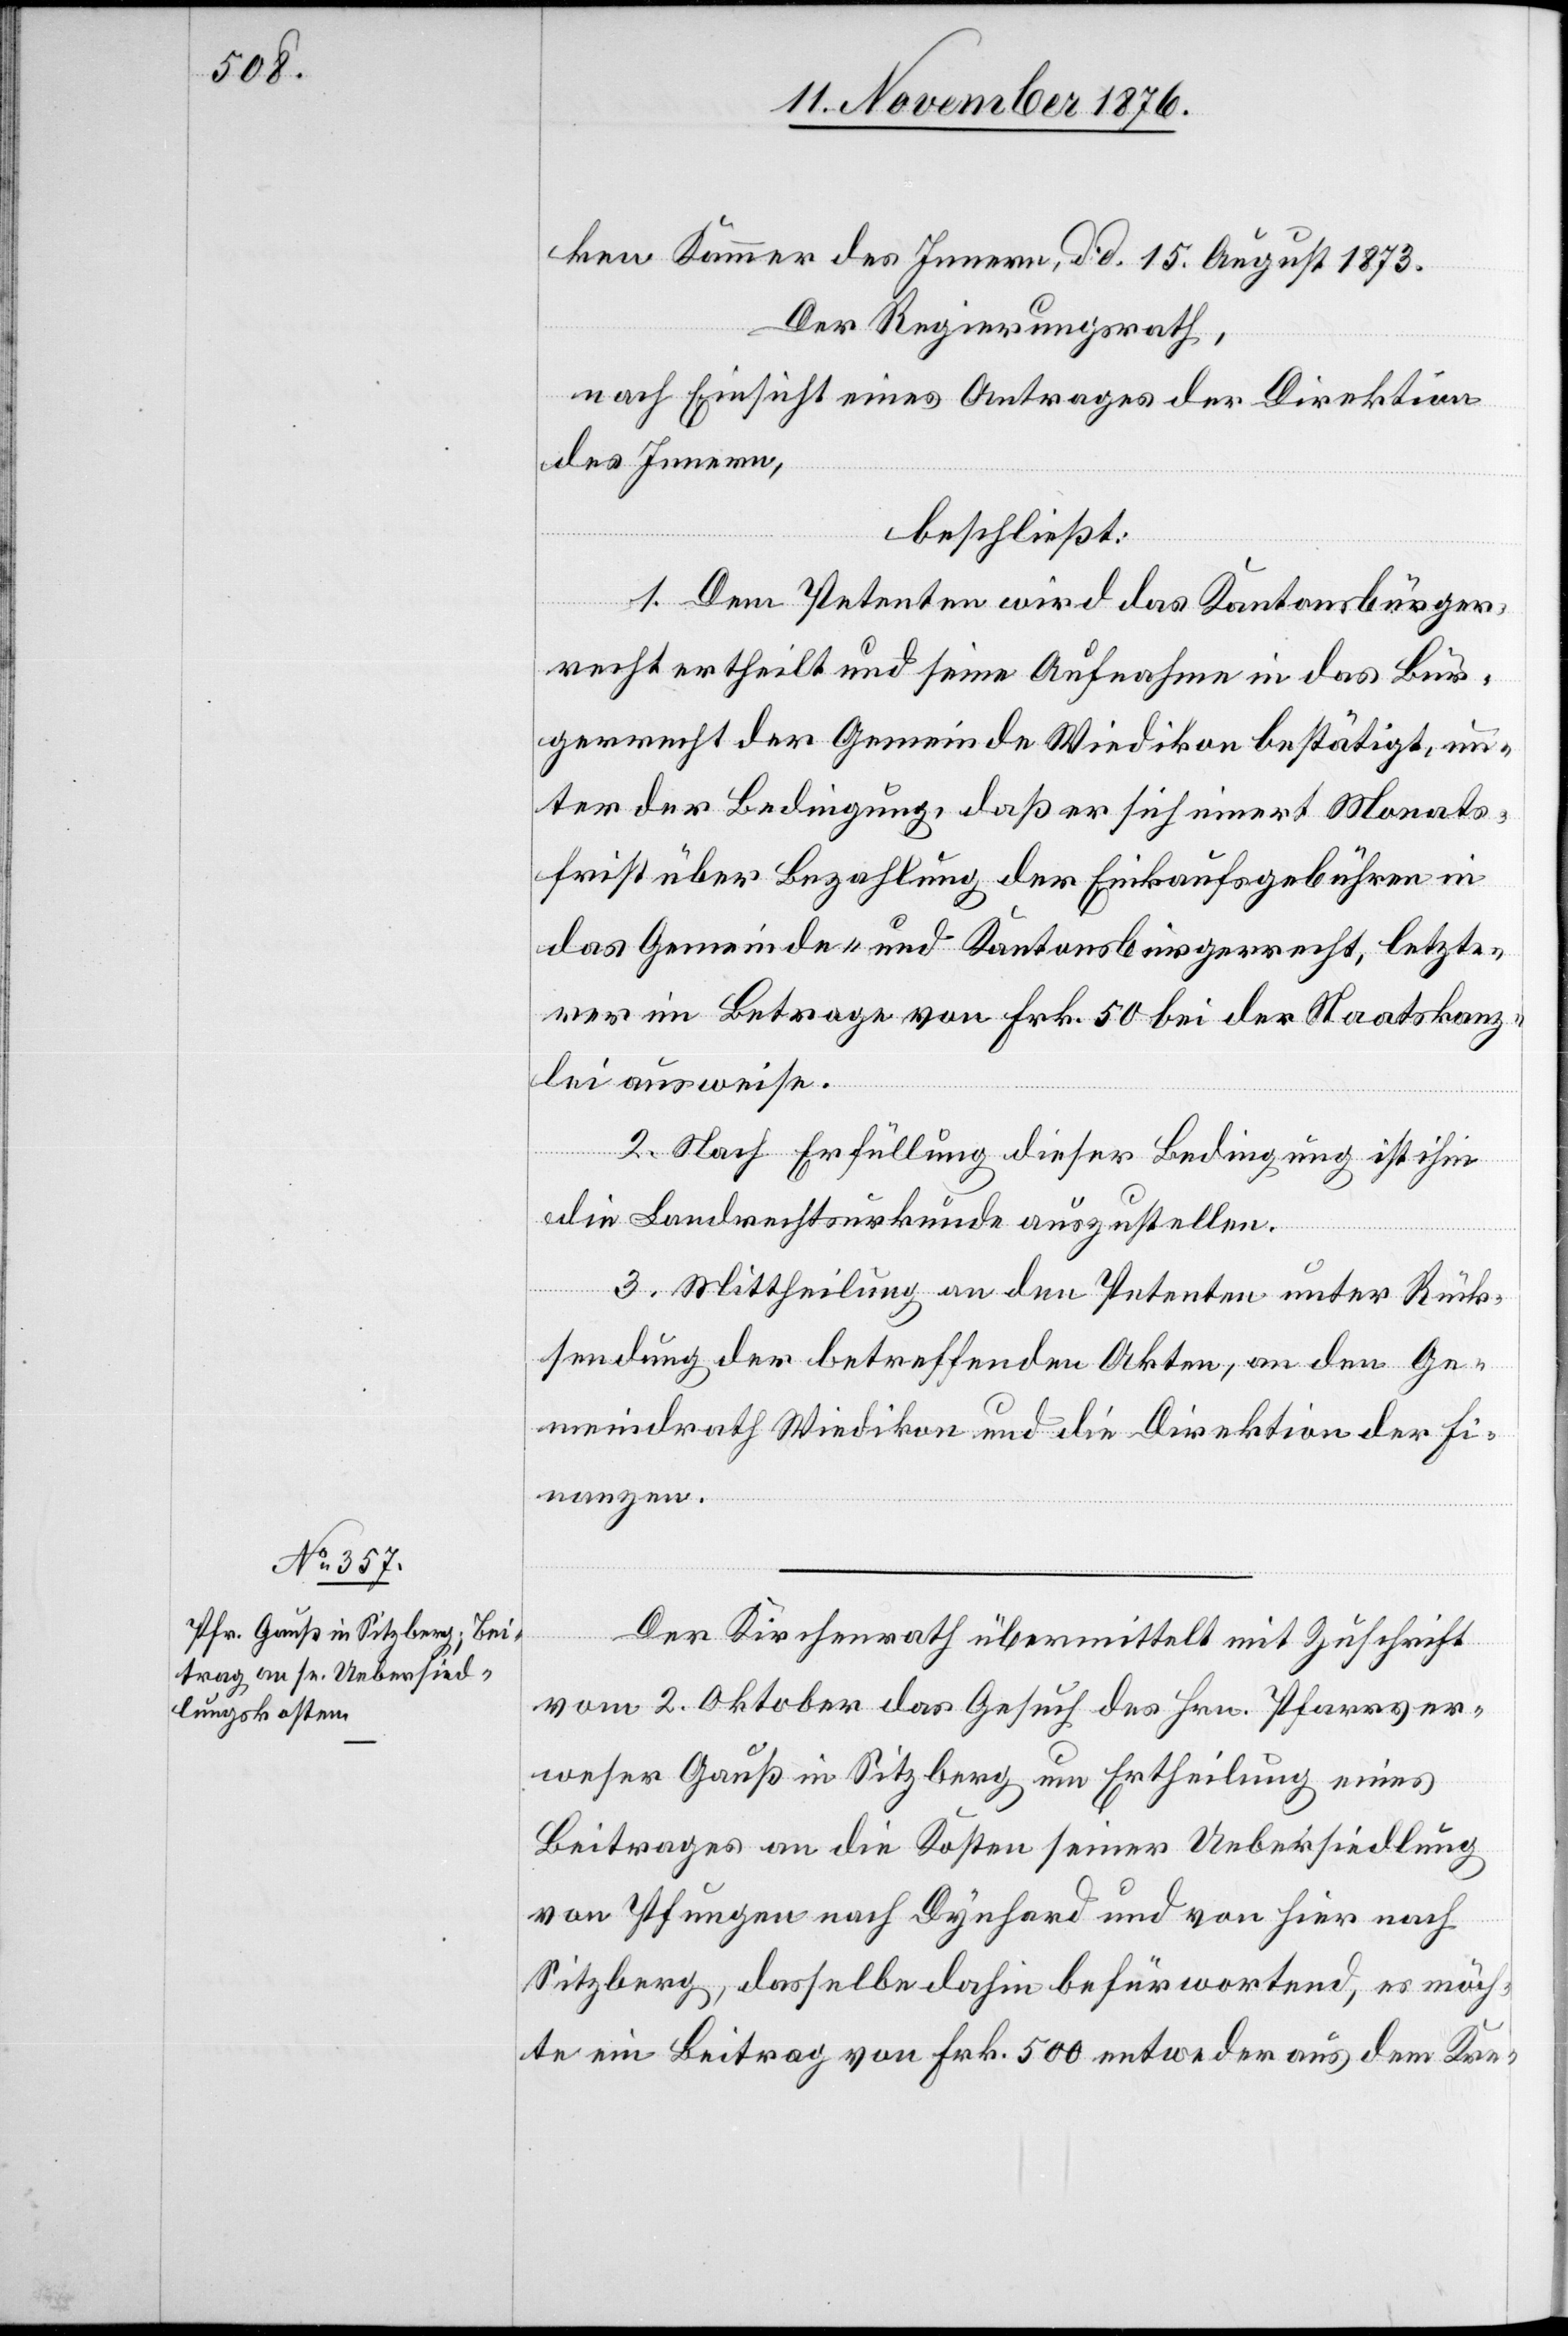
Der Kirchenrath übermittelt mit Zuschrift
vom 2. Oktober das Gesuch des Hrn. Pfarrver¬
weser Gauß in Sitzberg um Ertheilung eines
Beitrages an die Kosten seiner Uebersiedlung
von Pfungen nach Dynhard und von hier nach
Sitzberg, dasselbe dahin befürwortend, es möch¬
te ein Beitrag von Frk. 500 entweder aus dem Kre-